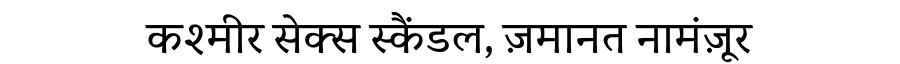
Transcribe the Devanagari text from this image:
कश्मीर सेक्स स्कैंडल, ज़मानत नामंज़ूर